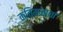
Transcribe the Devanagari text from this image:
कविमनाचा